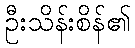
ဦးသိန်းစိန်၏